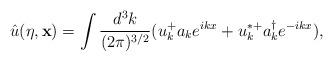
LaTeX: \begin{align*}{\hat u}(\eta,{ \bf x}) = \int \frac{d^3k}{(2 \pi)^{3/2} } (u_k^+ a_ke^{ikx} + u_k^{* +} a_k^{\dagger} e^{-ikx}),\end{align*}